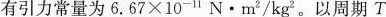
有引力常量为6.67×10^{-11}N·m^2/kg^2。以周期T